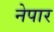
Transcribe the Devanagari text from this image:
नेपार